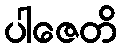
ပါဇေတိ